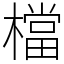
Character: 檔